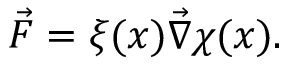
\begin{array} { r } { \vec { F } = \xi ( x ) \vec { \nabla } \chi ( x ) . } \end{array}